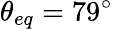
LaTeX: \theta_{eq}=79^{\circ}